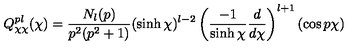
Q _ { \chi \chi } ^ { p l } ( \chi ) = \frac { N _ { l } ( p ) } { p ^ { 2 } ( p ^ { 2 } + 1 ) } ( \sinh \chi ) ^ { l - 2 } \left( \frac { - 1 } { \sinh \chi } \frac { d } { d \chi } \right) ^ { l + 1 } ( \cos p \chi )